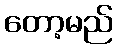
တော့မည်